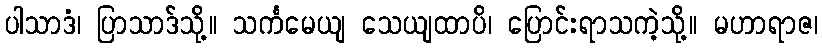
ပါသာဒံ၊ ပြာသာဒ်သို့။ သင်္ကမေယျ သေယျထာပိ၊ ပြောင်းရာသကဲ့သို့။ မဟာရာဇ၊